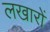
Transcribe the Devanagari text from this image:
लखारों